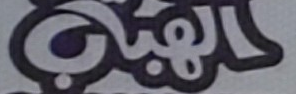
الهباب